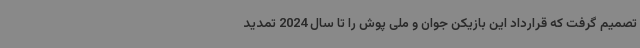
تصمیم گرفت که قرارداد این بازیکن جوان و ملی پوش را تا سال 2024 تمدید